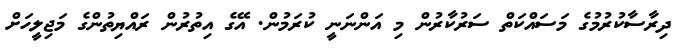
ދިރާސާކުރުމުގެ މަސައްކަތް ސަރުކާރުން މި އަންނަނީ ކުރަމުން. އޭގެ އިތުރުން ރައްޔިތުންގެ މަޖިލީހަށް